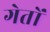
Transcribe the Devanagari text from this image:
गेतों